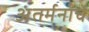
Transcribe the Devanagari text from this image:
अंतर्मनाचे